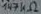
Text: 147KΩ